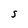
Character: s